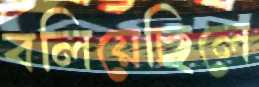
বলিয়েছিলে